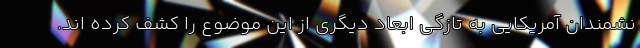
نشمندان آمریکایی به تازگی ابعاد دیگری از این موضوع را کشف کرده اند.